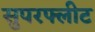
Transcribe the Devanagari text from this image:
सुपरफ्लीट